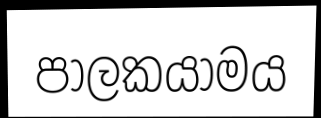
පාලකයාමය